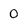
Character: 0